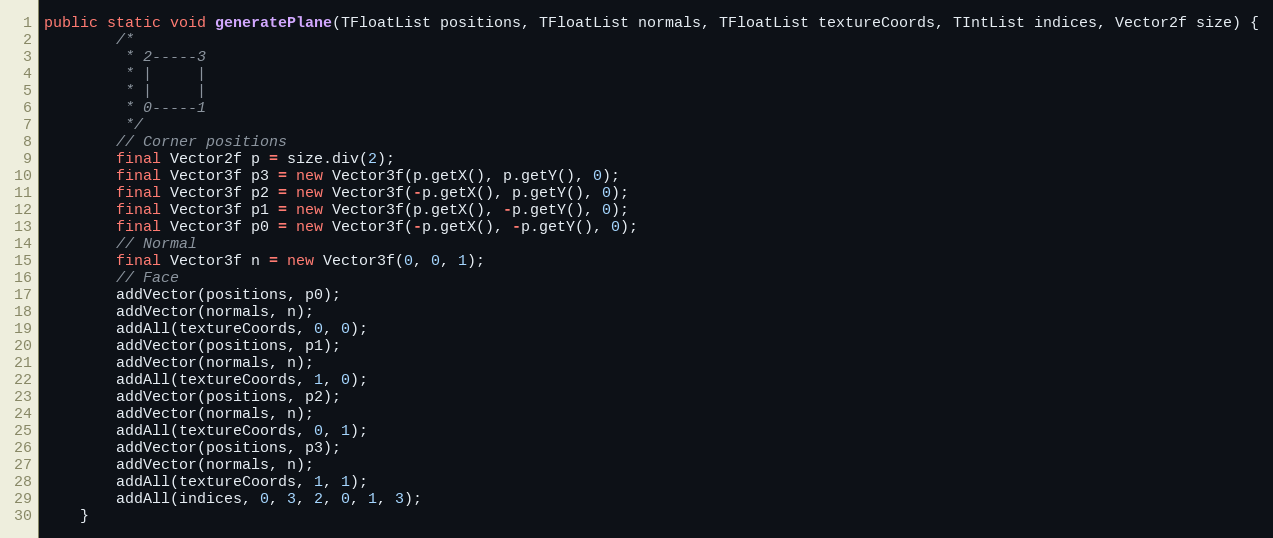
Language: Java
public static void generatePlane(TFloatList positions, TFloatList normals, TFloatList textureCoords, TIntList indices, Vector2f size) {
        /*
         * 2-----3
         * |     |
         * |     |
         * 0-----1
         */
        // Corner positions
        final Vector2f p = size.div(2);
        final Vector3f p3 = new Vector3f(p.getX(), p.getY(), 0);
        final Vector3f p2 = new Vector3f(-p.getX(), p.getY(), 0);
        final Vector3f p1 = new Vector3f(p.getX(), -p.getY(), 0);
        final Vector3f p0 = new Vector3f(-p.getX(), -p.getY(), 0);
        // Normal
        final Vector3f n = new Vector3f(0, 0, 1);
        // Face
        addVector(positions, p0);
        addVector(normals, n);
        addAll(textureCoords, 0, 0);
        addVector(positions, p1);
        addVector(normals, n);
        addAll(textureCoords, 1, 0);
        addVector(positions, p2);
        addVector(normals, n);
        addAll(textureCoords, 0, 1);
        addVector(positions, p3);
        addVector(normals, n);
        addAll(textureCoords, 1, 1);
        addAll(indices, 0, 3, 2, 0, 1, 3);
    }